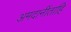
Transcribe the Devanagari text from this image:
अमदानींताहि